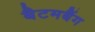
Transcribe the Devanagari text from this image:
बैटमबैंग